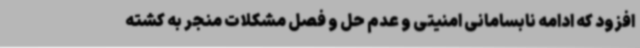
افزود که ادامه نابسامانی امنیتی و عدم حل و فصل مشکلات منجر به کشته